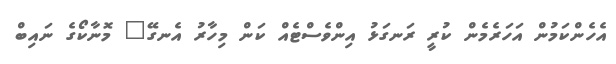
އެހެންކަމުން އަހަރެމެން ކުރީ ރަނގަޅު އިންވެސްޓެއް ކަން މިހާރު އެނގޭ" މޮނާކޯގެ ނައިބް